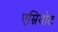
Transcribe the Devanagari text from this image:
एम्नियोट